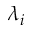
\lambda _ { i }